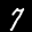
Label: 7